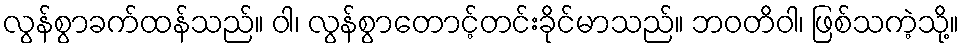
လွန်စွာခက်ထန်သည်။ ဝါ၊ လွန်စွာတောင့်တင်းခိုင်မာသည်။ ဘဝတိဝါ၊ ဖြစ်သကဲ့သို့။